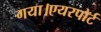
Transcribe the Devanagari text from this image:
गया।एयरपोर्ट